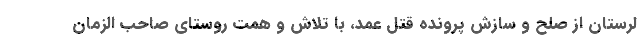
لرستان از صلح و سازش پرونده قتل عمد، با تلاش و همت روستای صاحب الزمان